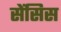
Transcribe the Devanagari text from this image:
सेंसिस